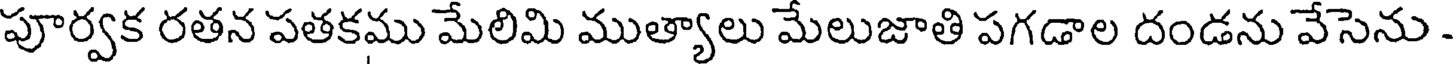
పూర్వక రతన పతకము మేలిమి ముత్యాలు మేలుజాతి పగడాల దండను వేసెను .